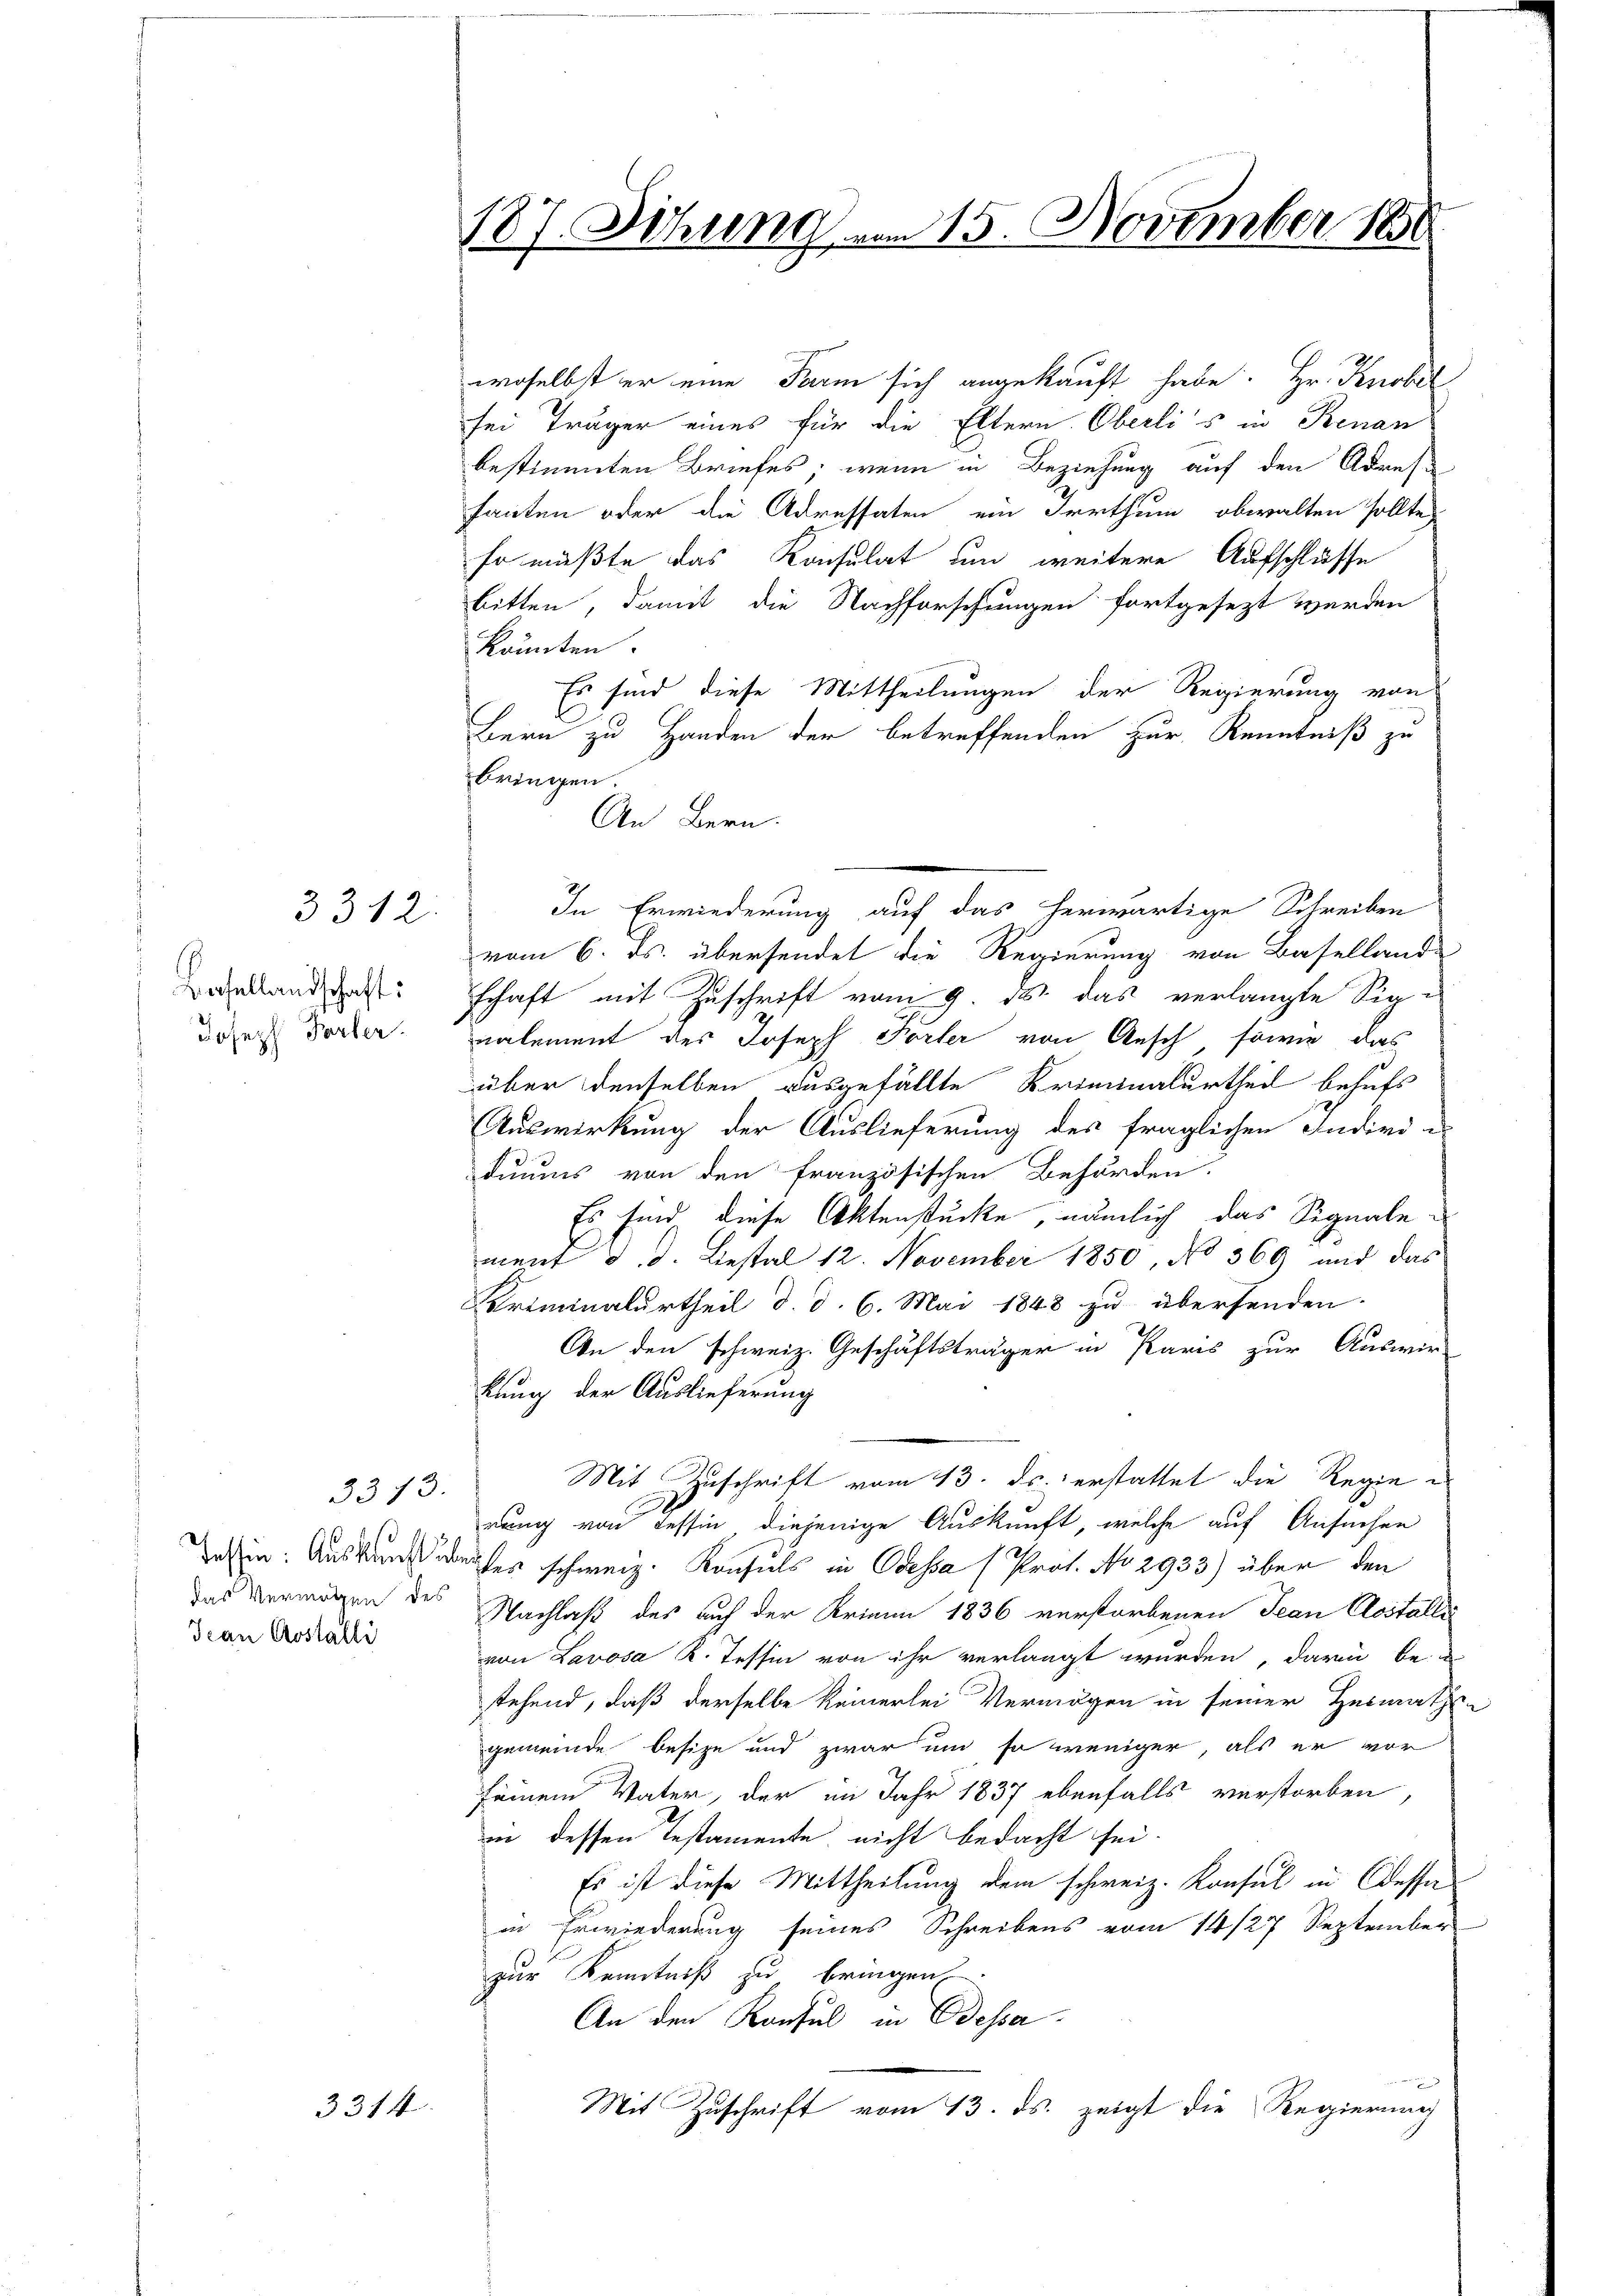
Basellandschaft:
Joseph Forter.

3312.

3373.
Jean Aostalli

3314

187. Sitzung vom 15. November 1850

woselbst er eine Parm sich angekauft habe. Hr. Knobil
sei Träger eines für die Eltern Oberlis in Renan
bestimmten Briefes, wenn in Beziehung auf den Adres
fauten oder die Adressaten ein Irrthum, obwalten sollte,
so müßte das Konsulat um weitere Aufschlüsse
bitten, damit die Nachforschungen fortgesezt werden
könnten
Es sind diese Mittheilungen der Regierung von
Bern zu Handen der betreffenden zur Kenntniß zu
bringen
An Bern.
In Erwiederung auf das herwärtige Schreiben
vom 6. ds. übersendet die Regierung von Basellande
schaft mit Zuschrift vom 9. ds. das verlangte Signalement der Joseph Torter von Aesch, sowie das
über denselben ausgefällte Kriminalurtheil behufs
Auswirkung der Auslieferung des fraglichen Indird e
duums von den französischen Behörden.
Es sind diese Aktenstücke, nämlich das Signalement d. d. Liestal 12. November 1850, No 369 und das
Criminalurtheil d. d. 6. Mai 1848 zu übersenden.
An den schweiz. Geschäftsträger in Paris zur Auswir
kung der Auslieferung
Mit Zuschrift vom 13. ds. erstattet die Regierung von Tessin diejenige Auskunft, welche auf Ansuchen
Wassen. Auskunsrecher schweiz. Konsuls in Odessa (Prot. No 2933) über den
das Vermögen des Nachlaß des auf der Krien 1836 verstorbenen Jean Costalli
von Lavosa R. Tessin von ihr verlangt wurden, darin be-
stehend, daß derselbe keinerlei Vermögen in seiner Heimathen
gemeinde besize und zwar und so weniger, als er vor
seinem Vater, der im Jahr 1837 ebenfalls verstorben,
in dessen Testamente nicht bedacht sei.
Es ist diese Mittheilung dem schweiz. Konsul in dessa
in Erwiederung seines Schreibens vom 14/27 September
zur Kenntniß zu bringen
An den Konsul in Odessa
Mit Zuschrift vom 13. ds. zeigt die Regierung